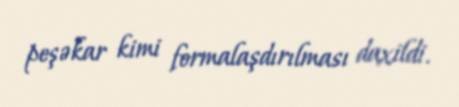
peşəkar kimi formalaşdırılması daxildi.